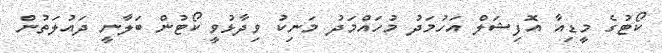
ކޯޓުގެ މީޑިއާ އޮފިޝަލް އަހުމަދު މުހައްމަދު މަނިކު ވިދާޅުވީ ކޯޓުން ބަލާނީ ދައުލަތުން